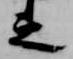
之